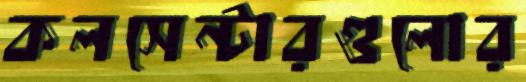
কলসেন্টারগুলোর